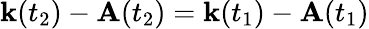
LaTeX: {\mathbf{k}(t_{2})}-{\mathbf{A}(t_{2})}={\mathbf{k}(t_{1})}-{\mathbf{A}(t_{1})}